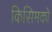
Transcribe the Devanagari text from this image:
किसिमको